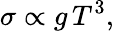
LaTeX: \sigma\propto g\, T^{3},